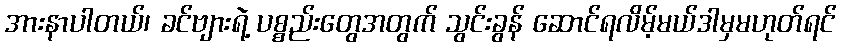
အားနာပါတယ်၊ ခင်ဗျားရဲ့ ပစ္စည်းတွေအတွက် သွင်းခွန် ဆောင်ရလိမ့်မယ်ဒါမှမဟုတ်ရင်